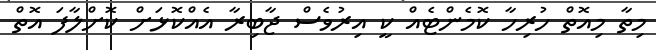
މިތާ މިއޮތް ހުރިހާ ކޮމެންޓެއް ކީ އިރުވެސް ޖާބިރާ އެއްކޮޅަށް ކޮށްލާފަ އޮތް